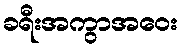
ခရီးအကွာအဝေး